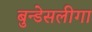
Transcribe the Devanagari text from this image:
बुन्डेसलीगा